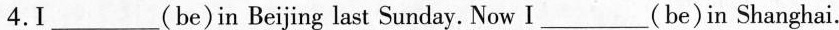
4.I___(be)in Beijing last Sunday. Now I___(be)in Shanghai.